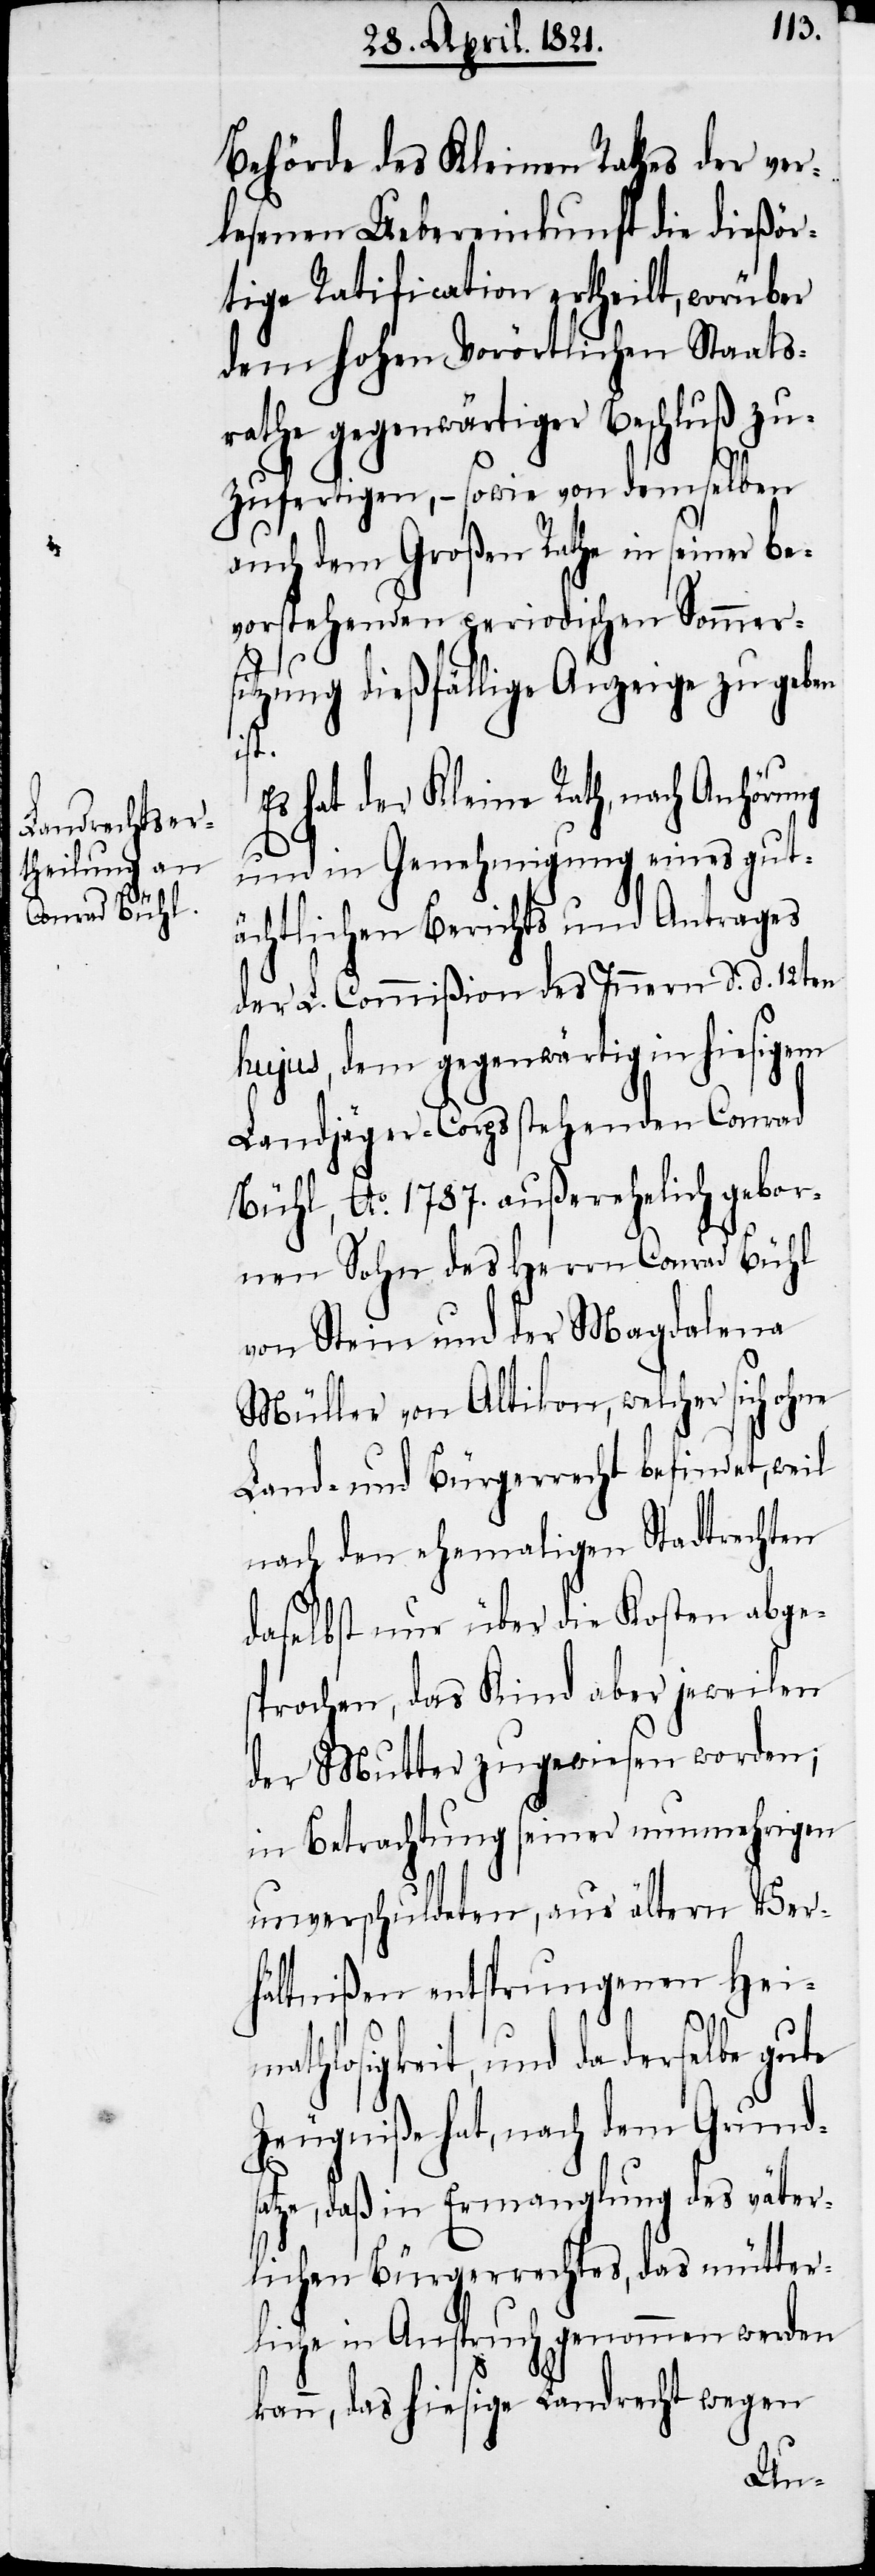
Behörde des Kleinen Rathes der ver¬
lesenen Uebereinkunft die dießör¬
tige Ratification ertheilt, worüber
dem hohen Vorörtlichen Staats¬
rathe gegenwärtiger Beschluß zu¬
zufertigen, – sowie von demselben
auch dem Großen Rathe in seiner be¬
vorstehenden periodischen Sommers¬
itzung dießfällige Anzeige zu geben
mat¬
Es hat der Kleine Rath, nach Anhörung
und in Genehmigung eines gut¬
ächtlichen Berichts und Antrages
der L. Commißion des Innern d. d. 12ten
hujus, dem gegenwärtig in hiesigem
Landjäger-Corps stehenden Conrad
Bühl, Ao. 1787. außerehelich gebor¬
nen Sohn des Herrn Conrad Bühl
von Stein und der Magdalena
Müller von Altikon, welcher sich
Land- und Bürgerrecht befindet, weil
nach den ehemaligen Stadtrechten
daselbst nur über die Kosten abge¬
sprochen, das Kind aber jeweilen
der Mutter zugewiesen worden;
in Betrachtung seiner nunmehrigen
unverschuldeten, aus ältern Ver¬
hältnißen entsprungenen Hei¬
hlosigkeit, und da derselbe gute
Zeugniße hat, nach dem Grunds¬
atze, daß in Ermanglung des väter¬
lichen Bürgerrechts, das mütter¬
liche in Anspruch genommen werden
kann, das hiesige Landrecht wegen